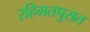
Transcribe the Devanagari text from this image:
रहिमतपुरात